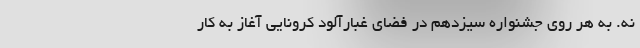
نه. به هر روی جشنواره سیزدهم در فضای غبارآلود کرونایی آغاز به کار